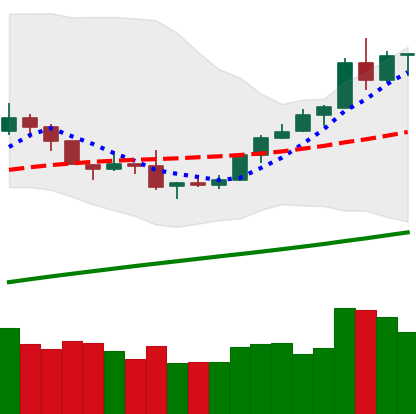
Ticker: BTC-USD
Chart end date: 2019-08-08
Forward return: -8.946%
Label: down_7plus